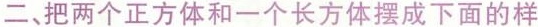
二、把两个正方体和一个长方体摆成下面的样